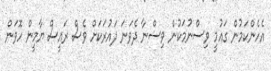
އެހެންކަމުން ގައުމީ ވިސްނުމަކުން ވިސްނާ ދެވަނަ ދައުރަކަށް ވެސް ރައީސް ޔާމީން ހޮވަން